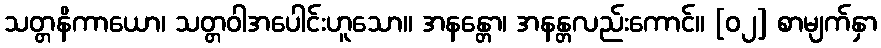
သတ္တနိကာယော၊ သတ္တဝါအပေါင်းဟူသော။ အနန္တော၊ အနန္တလည်းကောင်။ [၀၂] စာမျက်နှာ